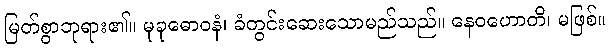
မြတ်စွာဘုရား၏။ မုခုဓောဝနံ၊ ခံတွင်းဆေးသောမည်သည်။ နေဝဟောတိ၊ မဖြစ်။